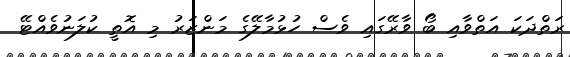
ރަތްދަކަ އަތްވާއި ބޯ ވާރޭގައި ވެސް ހުޅުމާލޭގެ މަންޒަރު މި އޮތީ ކުލަނުވެއްޓޭ